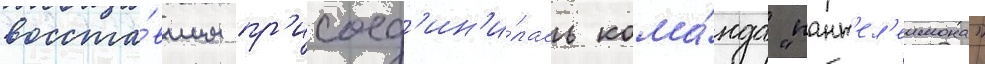
восста́вшим пр'исоед'ин'и́лась кома́нда "пант'ел'еимона"